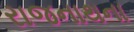
રાજનાથના